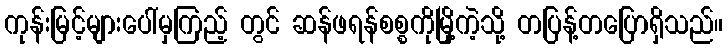
ကုန်းမြင့်များပေါ်မှကြည့် တွင် ဆန်ဖရန်စစ္စကိုမြို့ကဲ့သို့ တပြန့်တပြောရှိသည်။